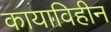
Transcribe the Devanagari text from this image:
कायाविहीन